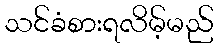
သင်ခံစားရလိမ့်မည်